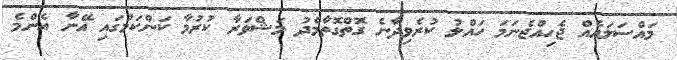
މައްސަލައެއް ޖެހިއްޖެނަމަ ހައްލު ކުރެވިދާނެ ގޮތްގޮތާމެދު މަޝްވަރާ ކުރުމާ ކަންކަމުގައި އޭނާ އެންމެ